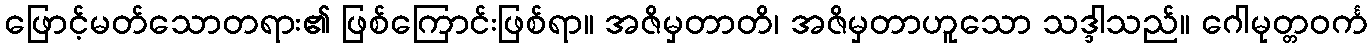
ဖြောင့်မတ်သောတရား၏ ဖြစ်ကြောင်းဖြစ်ရာ။ အဇိမှတာတိ၊ အဇိမှတာဟူသော သဒ္ဒါသည်။ ဂေါမုတ္တဝင်္က